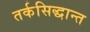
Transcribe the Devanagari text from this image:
तर्कसिद्धान्त